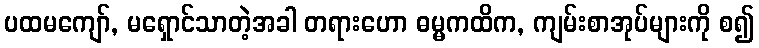
ပထမကျော်, မရှောင်သာတဲ့အခါ တရားဟော ဓမ္မကထိက, ကျမ်းစာအုပ်များကို စ၍